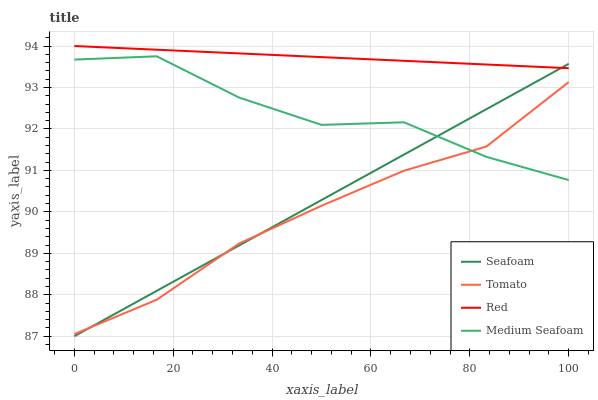
| xaxis_label | Seafoam | Tomato | Red | Medium Seafoam |
 | --- | --- | --- | --- | --- |
 | 0 | 87 | 87.1 | 94 | 93.7 |
 | 16.7 | 88.1 | 87.9 | 93.9 | 93.8 |
 | 33.3 | 89.2 | 89.2 | 93.8 | 92.8 |
 | 50 | 90.3 | 90.1 | 93.7 | 92.1 |
 | 66.7 | 91.4 | 91 | 93.6 | 92.2 |
 | 83.3 | 92.5 | 91.6 | 93.6 | 91.3 |
 | 100 | 93.6 | 93.1 | 93.5 | 90.8 |